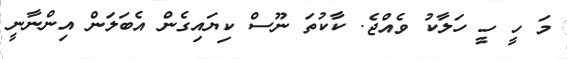
މަ ހީ ހީ ހަލާކު ވެއްޖެ. ކާކުތަ ނޫސް ކިޔައިގެން އެބަލަން އިންނާނީ